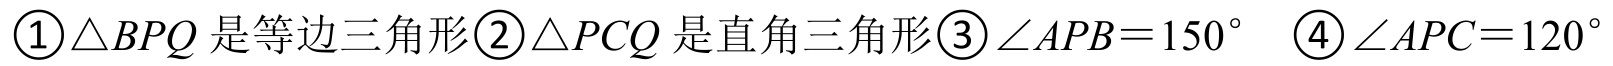
\textcircled{1}\(\triangle BPQ\) 是等边三角形\textcircled{2}\(\triangle PCQ\) 是直角三角形\textcircled{3}\(\angle APB = 150^{\circ}\) \textcircled{4}\(\angle APC = 120^{\circ}\)